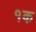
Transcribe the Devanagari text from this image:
१क